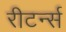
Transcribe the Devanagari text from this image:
रीटर्न्स